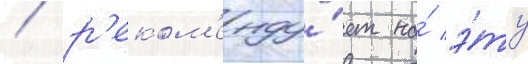
/ р'еком'енду́ет на́ э́ту